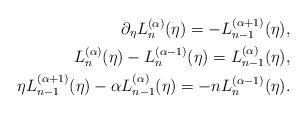
LaTeX: \begin{align*}\partial_{\eta}L_n^{(\alpha)}(\eta)=-L_{n-1}^{(\alpha+1)}(\eta), \\L_n^{(\alpha)}(\eta)-L_n^{(\alpha-1)}(\eta)=L_{n-1}^{(\alpha)}(\eta), \\\eta L_{n-1}^{(\alpha+1)}(\eta)-\alpha L_{n-1}^{(\alpha)}(\eta) =-nL_n^{(\alpha-1)}(\eta). \end{align*}